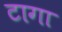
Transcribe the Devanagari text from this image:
टागा